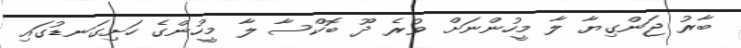
ބާރު ޖަންގިޔާ ލާ މީހުންނަށް ވުރެ ދޫ ބޮކްސާ ލާ މީހުންގެ ހަށިގަނޑުގައި